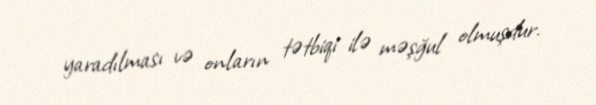
yaradılması və onların tətbiqi ilə məşğul olmuşdur.